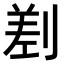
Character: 𠞊